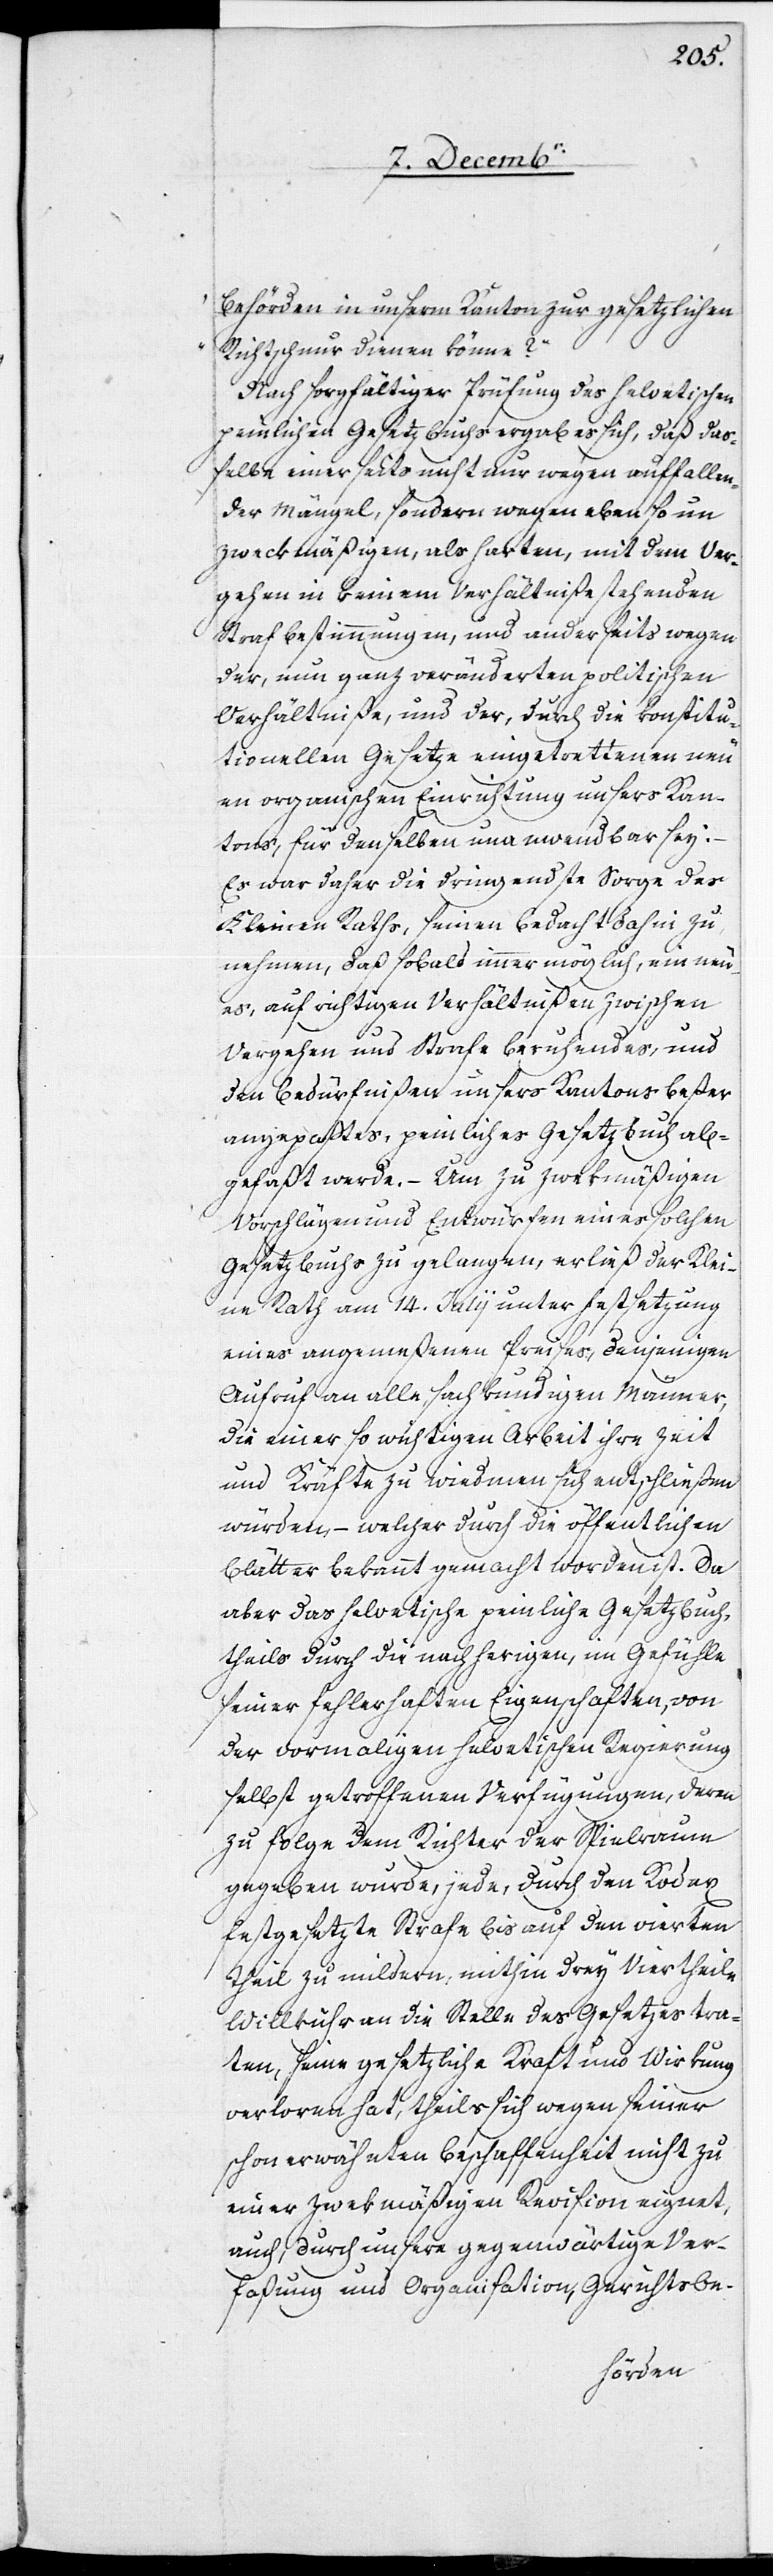
behörden in unserm Kanton zur gesezlichen
Richtschnur dienen könne?“
Nach sorgfältiger Prüfung des helvetischen
peinlichen Gesetzbuchs ergab es sich, daß daß¬
elbe einerseits nicht nur wegen auffallen¬
der Mängel, sondern wegen ebenso un¬
zweckmäßigen, als harten, mit dem Ver¬
gehen in keinem Verhältniße stehenden
Strafbestimmungen, und anderseits wegen
der, nun ganz veränderten politischen
Verhältniße, und der, durch die konstitu¬
tionellen Gesetze eingetrettenen neu¬
en organischen Einrichtung unsers Kan¬
tons, für denselben unanwendbar sey:
Es war daher die dringendste Sorge des
Kleinen Raths, seinen Bedacht dahin zu
nehmen, daß sobald immer möglich, ein neu¬
es, auf richtigen Verhältnißen zwischen
Vergehen und Strafe beruhendes, und
den Bedürfnißen unsers Kantons beßer
angepaßtes, peinliches Gesetzbuch ab¬
gefaßt werde. – Um zu zwekmäßigen
Vorschlägen und Entwürfen eines solchen
Gesetzbuchs zu gelangen, erließ der Klei¬
ne Rath am 14. Julii unter Festsetzung
eines angemeßenen Preises, denjenigen
Aufruf an alle sachkundigen Männer,
die einer so wichtigen Arbeit ihre Zeit
und Kräfte zu wiedmen sich entschließen
würden, – welcher durch die öffentlichen
Blätter bekannt gemacht worden ist. Da
aber das helvetische peinliche Gesetzbuch,
theils durch die nachherigen, im Gefühle
seiner fehlerhaften Eigenschaften, von
der vormaligen helvetischen Regierung
selbst getroffenen Verfügungen, deren
zu Folge dem Richter der Spielraum
gegeben wurde, jede, durch den Kodex
festgesetzte Strafe bis auf den vierten
Theil zu mildern, mithin drey Viertheile
Willkühr an die Stelle des Gesetzes tra¬
ten, seine gesetzliche Kraft und Wirkung
verloren hat, theils sich wegen seiner
schon erwähnten Beschaffenheit nicht zu
einer zwekmäßigen Revision eignet,
auch, durch unsere gegenwärtige Ver¬
faßung und Organisation, Gerichtsbe-